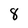
Character: 8